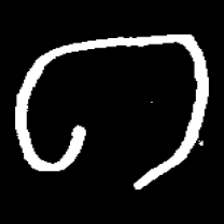
Pyu character \u2014 Myanmar letter: ဂ (romanized: ga)